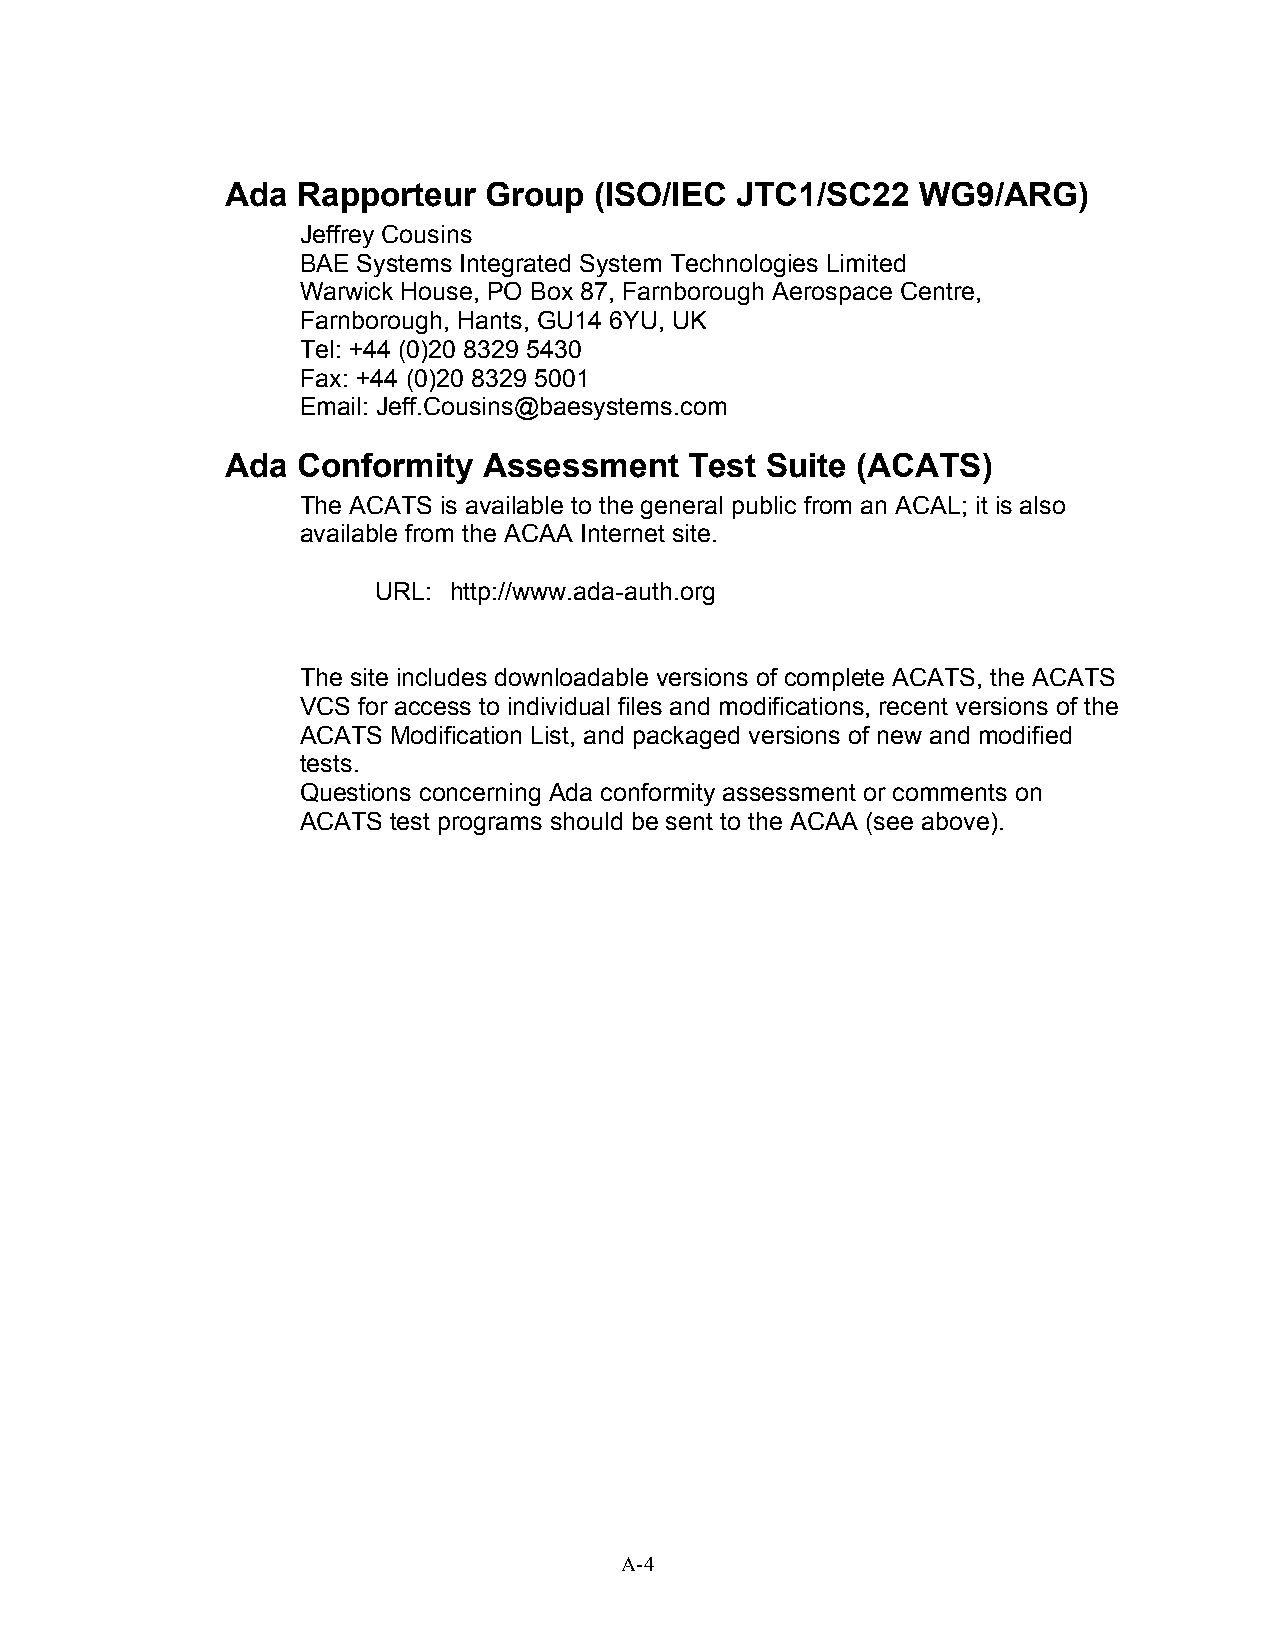
Ada  Rapporteur  Group  (ISO/IEC  JTC1/SC22   WG9/ARG)
 Jeffrey Cousins
 BAE Systems Integrated System Technologies Limited
 Warwick House, PO Box 87, Farnborough Aerospace Centre,
 Farnborough, Hants, GU14 6YU, UK
 Tel: +44 (0)20 8329 5430
 Fax: +44 (0)20 8329 5001
 Email: Jeff.Cousins@baesystems.com
 Ada  Conformity  Assessment    Test Suite (ACATS)
 The ACATS is available to the general public from an ACAL; it is also
 available from the ACAA Internet site.
 URL: http://www.ada-auth.org
 The site includes downloadable versions of complete ACATS, the ACATS
 VCS for access to individual files and modifications, recent versions of the
 ACATS Modification List, and packaged versions of new and modified
 tests.
 Questions concerning Ada conformity assessment or comments on
 ACATS test programs should be sent to the ACAA (see above).
 A-4